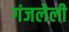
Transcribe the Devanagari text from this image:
गंजलेली